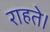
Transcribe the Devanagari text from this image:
राहते।